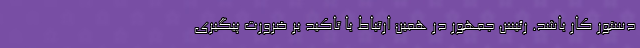
دستور کار باشد. رئیس جمهور در همین ارتباط با تاکید بر ضرورت پیگیری